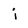
Character: i